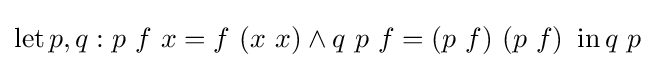
\operatorname {let} p,q:p\ f\ x=f\ (x\ x)\land q\ p\ f=(p\ f)\ (p\ f)\ \operatorname {in} q\ p